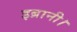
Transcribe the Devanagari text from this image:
इब्रानी।